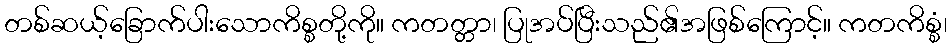
တစ်ဆယ့်ခြောက်ပါးသောကိစ္စတို့ကို။ ကတတ္တာ၊ ပြုအပ်ပြီးသည်၏အဖြစ်ကြောင့်။ ကတကိစ္စံ၊